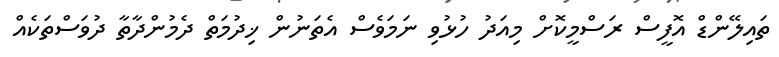
ތައިލޭންޑް އޮފީސް ރަސްމީކޮށް މިއަދު ހުޅުވި ނަމަވެސް އެތަނުން ޚިދުމަތް ދެމުންދާތާ ދުވަސްތަކެއް